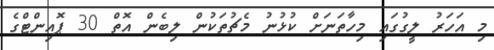
މި އަހަރު ލީގުގައި މިހާތަނަށް ކުޅުނު މެޗުތަކުން ލިބެން އޮތް 30 ޕޮއިންޓްގެ